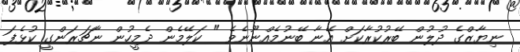
ނިޔާޒްގެ ދުލުން ބޭރުކުރާކަށް އޭނާ ބޭނުމެއްނޫނެވެ " ކަލޭމެން ދެމީހުން ނާޗަރަންގީ ކުޅެފަ